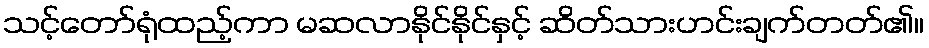
သင့်တော်ရုံထည့်ကာ မဆလာနိုင်နိုင်နှင့် ဆိတ်သားဟင်းချက်တတ်၏။